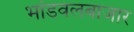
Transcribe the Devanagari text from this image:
भांडवलबाजार